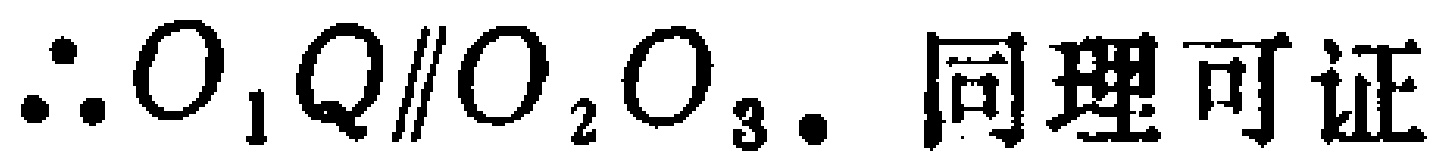
\(\therefore O_{1}Q\parallel O_{2}O_{3}.\) 同理可证